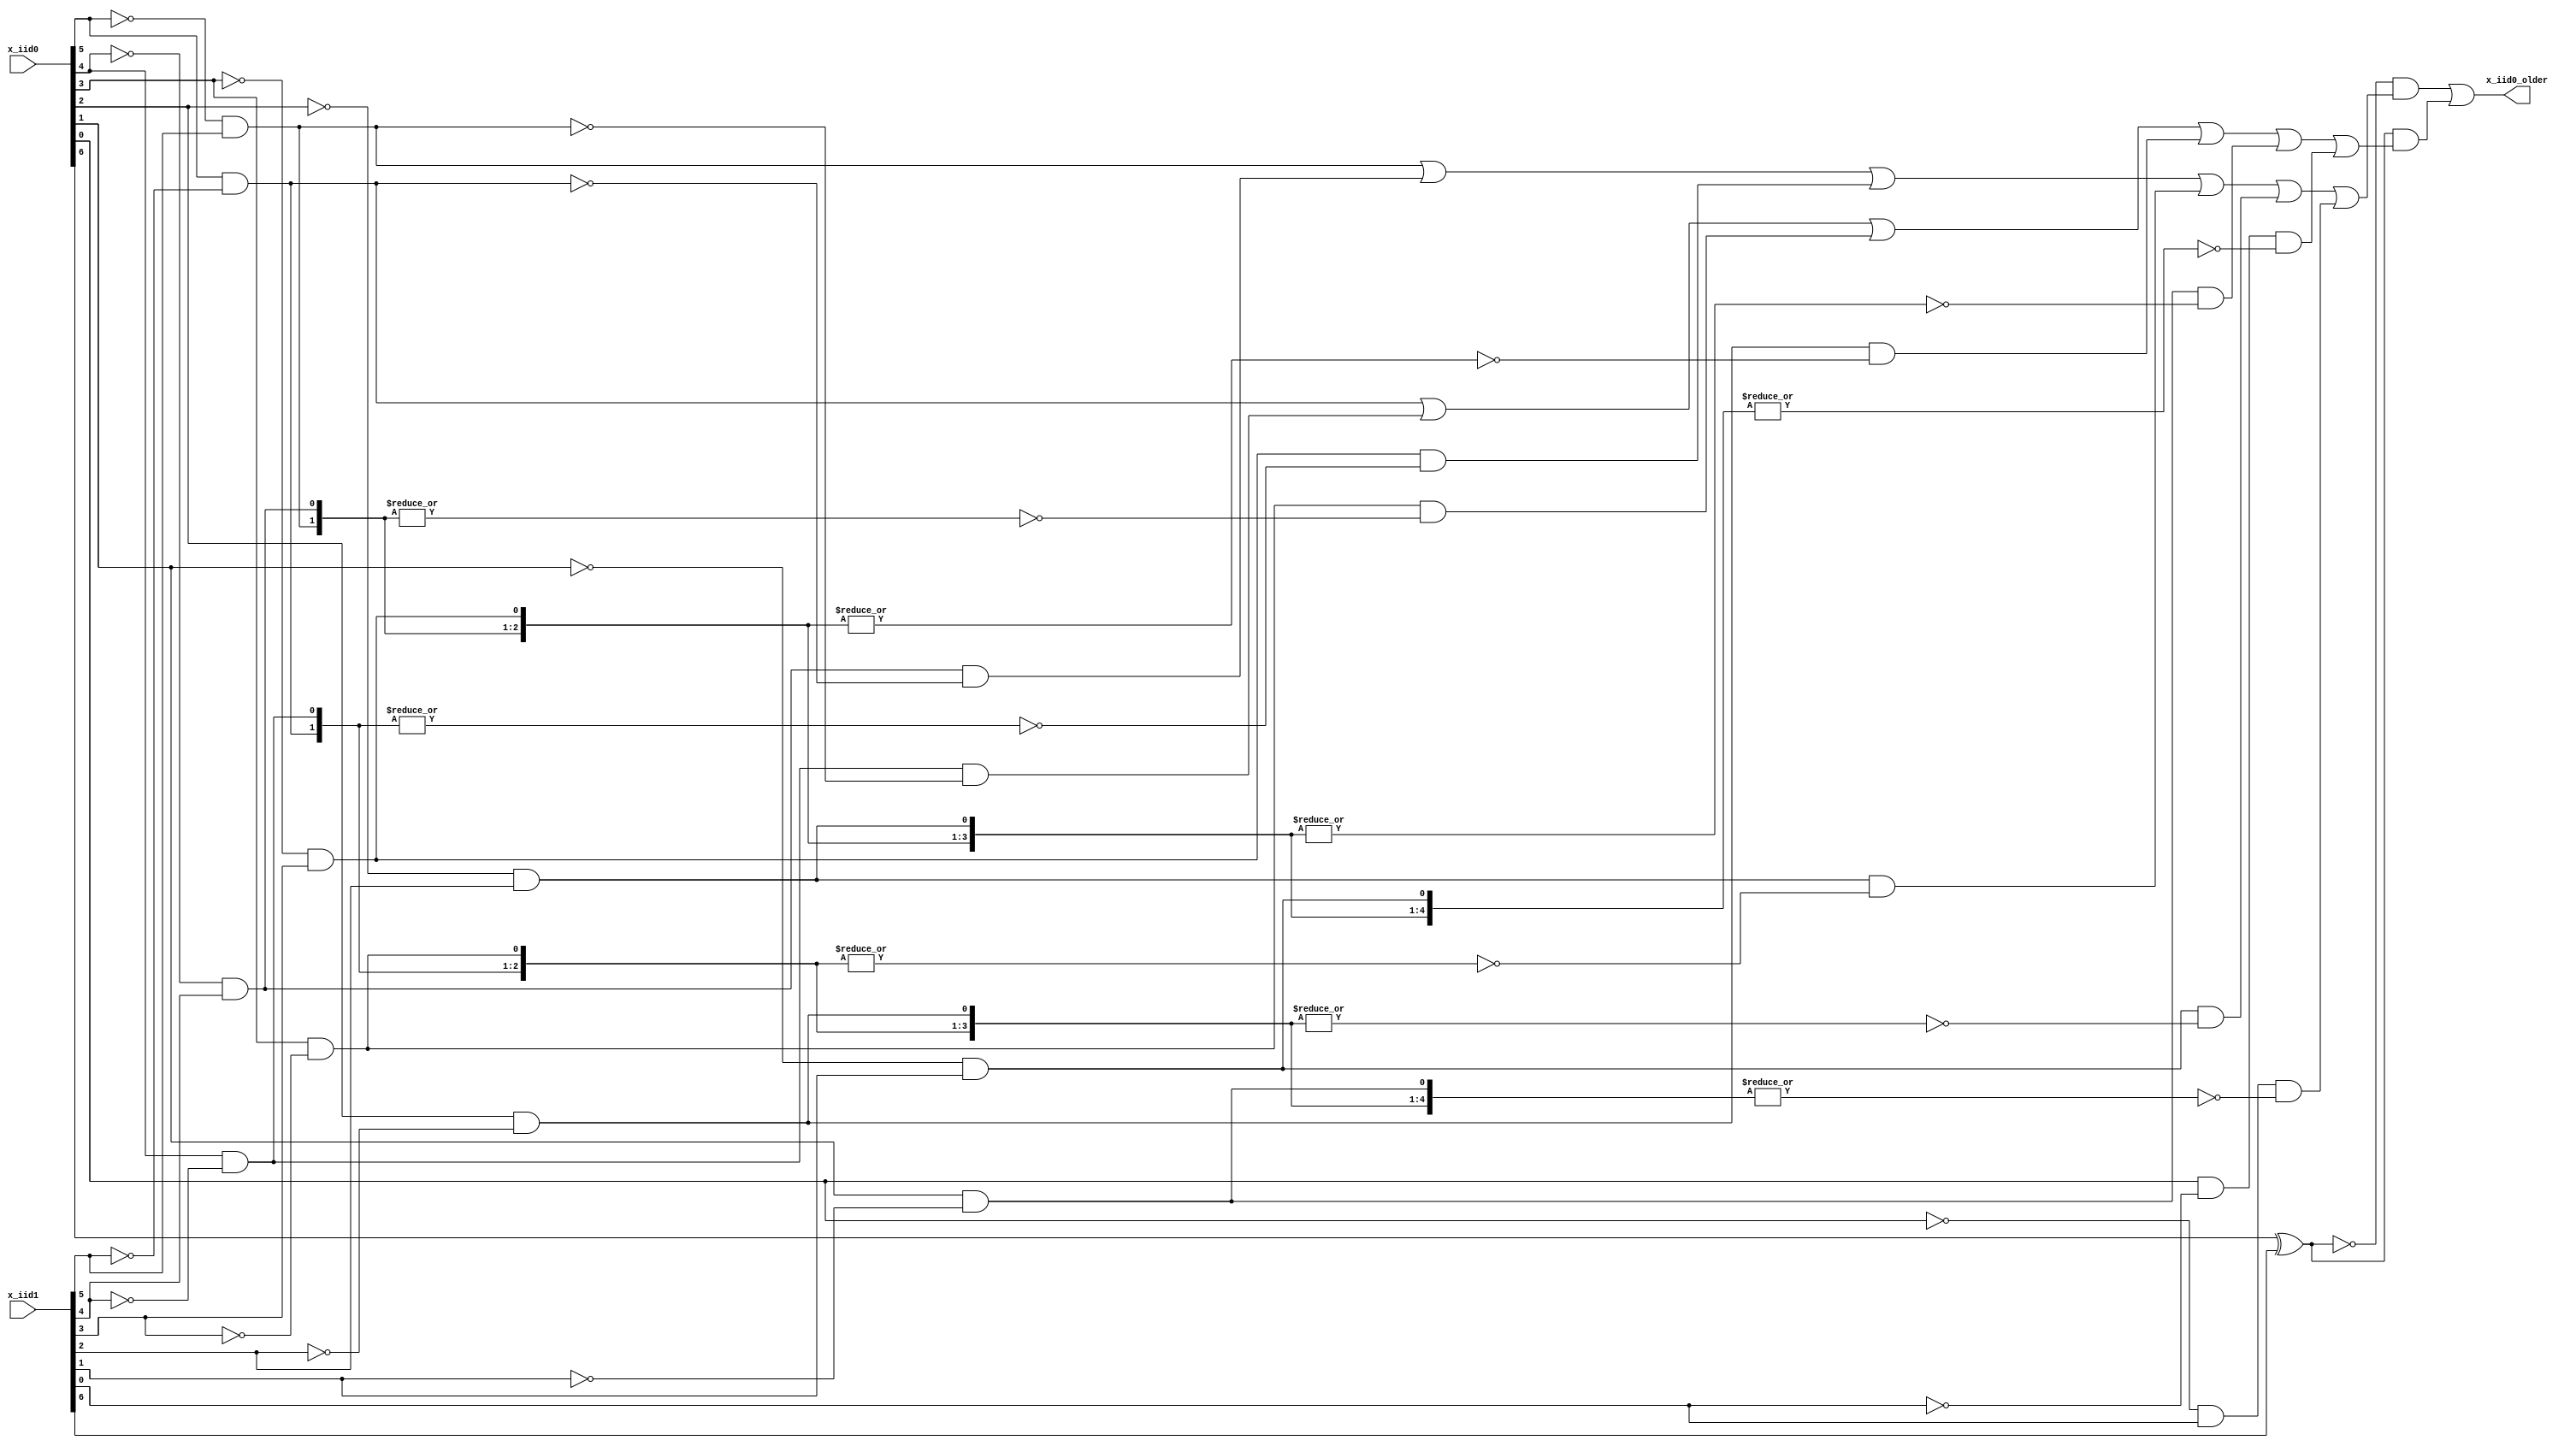
/*Copyright 2019-2021 T-Head Semiconductor Co., Ltd.

Licensed under the Apache License, Version 2.0 (the "License");
you may not use this file except in compliance with the License.
You may obtain a copy of the License at

    http://www.apache.org/licenses/LICENSE-2.0

Unless required by applicable law or agreed to in writing, software
distributed under the License is distributed on an "AS IS" BASIS,
WITHOUT WARRANTIES OR CONDITIONS OF ANY KIND, either express or implied.
See the License for the specific language governing permissions and
limitations under the License.
*/

// &ModuleBeg; @24
module ct_rtu_compare_iid(
  x_iid0,
  x_iid0_older,
  x_iid1
);

// &Ports; @25
input   [6:0]  x_iid0;          
input   [6:0]  x_iid1;          
output         x_iid0_older;    

// &Regs; @26

// &Wires; @27
wire           iid0_5_0_larger; 
wire    [5:0]  iid0_larger;     
wire           iid1_5_0_larger; 
wire    [5:0]  iid1_larger;     
wire           iid_msb_mismatch; 
wire    [6:0]  x_iid0;          
wire           x_iid0_older;    
wire    [6:0]  x_iid1;          


//==========================================================
//            Compare order of two 7 bits IIDs
//==========================================================
assign iid_msb_mismatch = x_iid0[6] ^ x_iid1[6];

assign iid0_larger[5] = x_iid0[5] && !x_iid1[5];
assign iid0_larger[4] = x_iid0[4] && !x_iid1[4];
assign iid0_larger[3] = x_iid0[3] && !x_iid1[3];
assign iid0_larger[2] = x_iid0[2] && !x_iid1[2];
assign iid0_larger[1] = x_iid0[1] && !x_iid1[1];
assign iid0_larger[0] = x_iid0[0] && !x_iid1[0];

assign iid1_larger[5] = !x_iid0[5] && x_iid1[5];
assign iid1_larger[4] = !x_iid0[4] && x_iid1[4];
assign iid1_larger[3] = !x_iid0[3] && x_iid1[3];
assign iid1_larger[2] = !x_iid0[2] && x_iid1[2];
assign iid1_larger[1] = !x_iid0[1] && x_iid1[1];
assign iid1_larger[0] = !x_iid0[0] && x_iid1[0];

assign iid0_5_0_larger =
     iid0_larger[5]
  || iid0_larger[4] && !iid1_larger[5]
  || iid0_larger[3] && !(|iid1_larger[5:4])
  || iid0_larger[2] && !(|iid1_larger[5:3])
  || iid0_larger[1] && !(|iid1_larger[5:2])
  || iid0_larger[0] && !(|iid1_larger[5:1]);

assign iid1_5_0_larger =
     iid1_larger[5]
  || iid1_larger[4] && !iid0_larger[5]
  || iid1_larger[3] && !(|iid0_larger[5:4])
  || iid1_larger[2] && !(|iid0_larger[5:3])
  || iid1_larger[1] && !(|iid0_larger[5:2])
  || iid1_larger[0] && !(|iid0_larger[5:1]);

assign x_iid0_older = !iid_msb_mismatch && iid1_5_0_larger
                  || iid_msb_mismatch && iid0_5_0_larger;

// &ModuleEnd; @67
endmodule